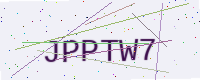
Text: JPPTW7